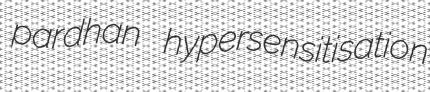
pardhan hypersensitisation